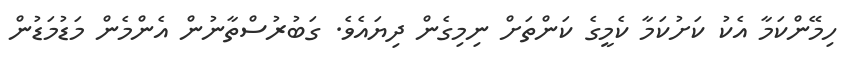
ހިމޭންކަމާ އެކު ކަށުކަމާ ކެމީގެ ކަންތަށް ނިމިގެން ދިޔައެވެ. ގަބުރުސްތާނުން އެންމެން މަޑުމަޑުން